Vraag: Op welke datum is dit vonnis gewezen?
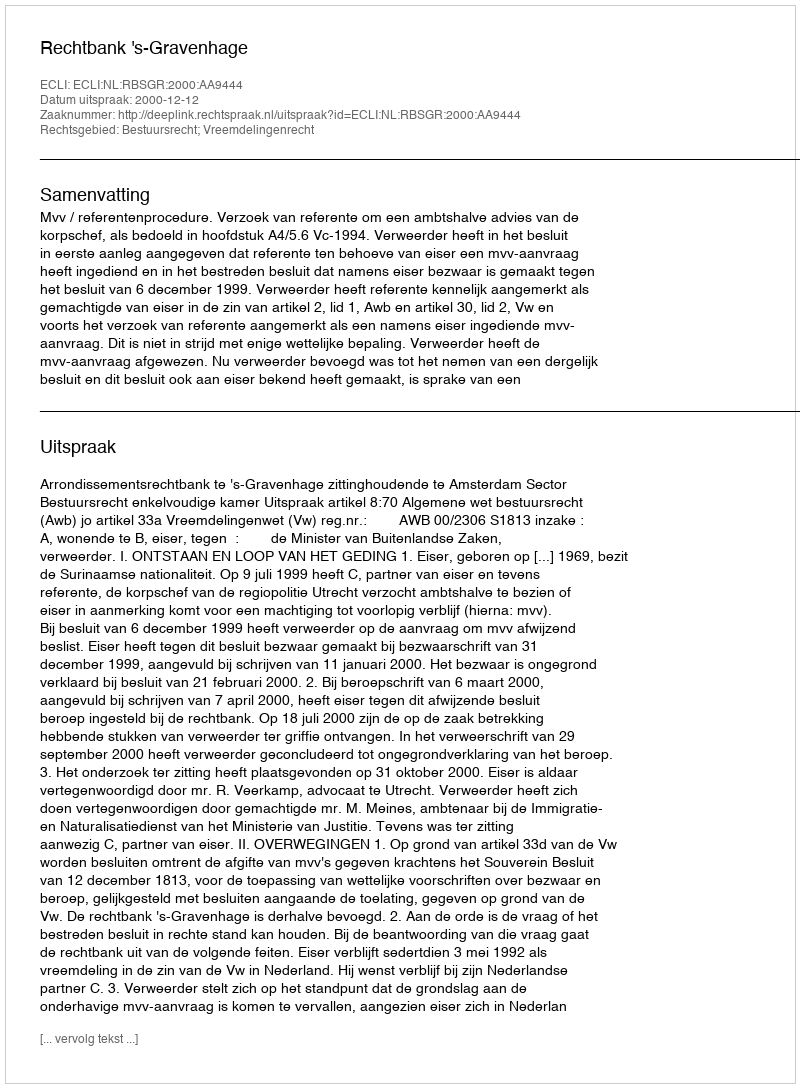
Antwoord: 2000-12-12